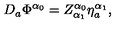
D _ { a } \Phi ^ { \alpha _ { 0 } } = Z _ { \alpha _ { 1 } } ^ { \alpha _ { 0 } } \eta _ { a } ^ { \alpha _ { 1 } } ,